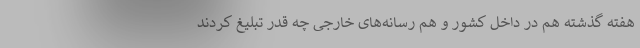
هفته گذشته هم در داخل کشور و هم رسانه‌های خارجی چه قدر تبلیغ کردند